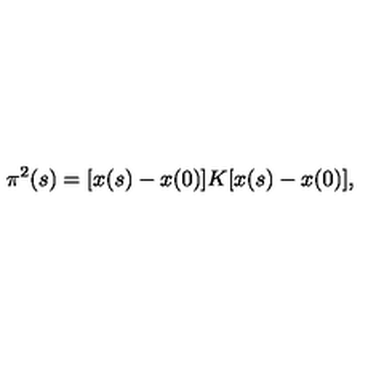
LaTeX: \pi ^ { 2 } ( s ) = [ x ( s ) - x ( 0 ) ] K [ x ( s ) - x ( 0 ) ] ,